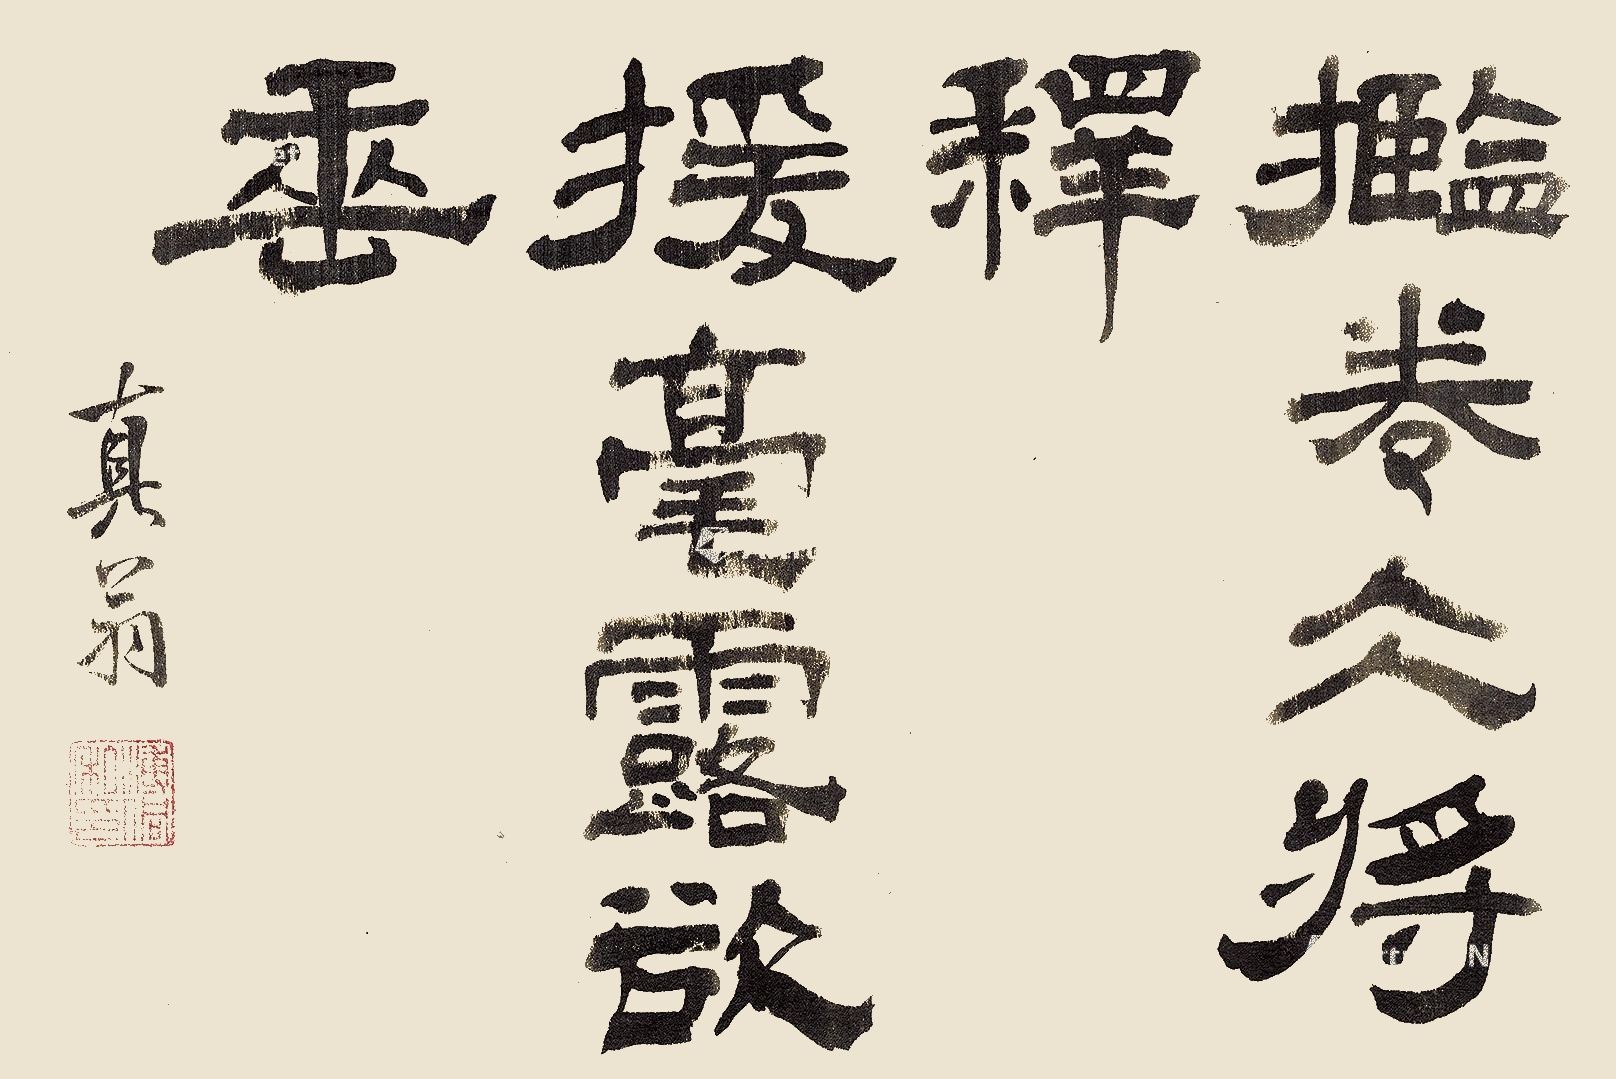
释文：揽卷冰将释，援毫露欲垂。真翁。